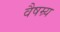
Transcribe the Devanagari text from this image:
वैषम्र्य